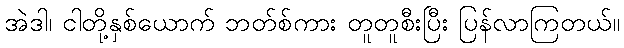
အဲဒါ၊ ငါတို့နှစ်ယောက် ဘတ်စ်ကား တူတူစီးပြီး ပြန်လာကြတယ်။